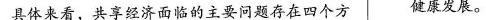
具体来看，共享经济面临的主要问题存在四个方 健康发展。